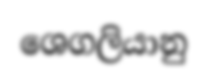
ශෙගලියානු